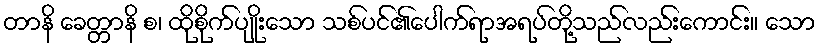
တာနိ ခေတ္တာနိ စ၊ ထိုစိုက်ပျိုးသော သစ်ပင်၏ပေါက်ရာအရပ်တို့သည်လည်းကောင်း။ သော